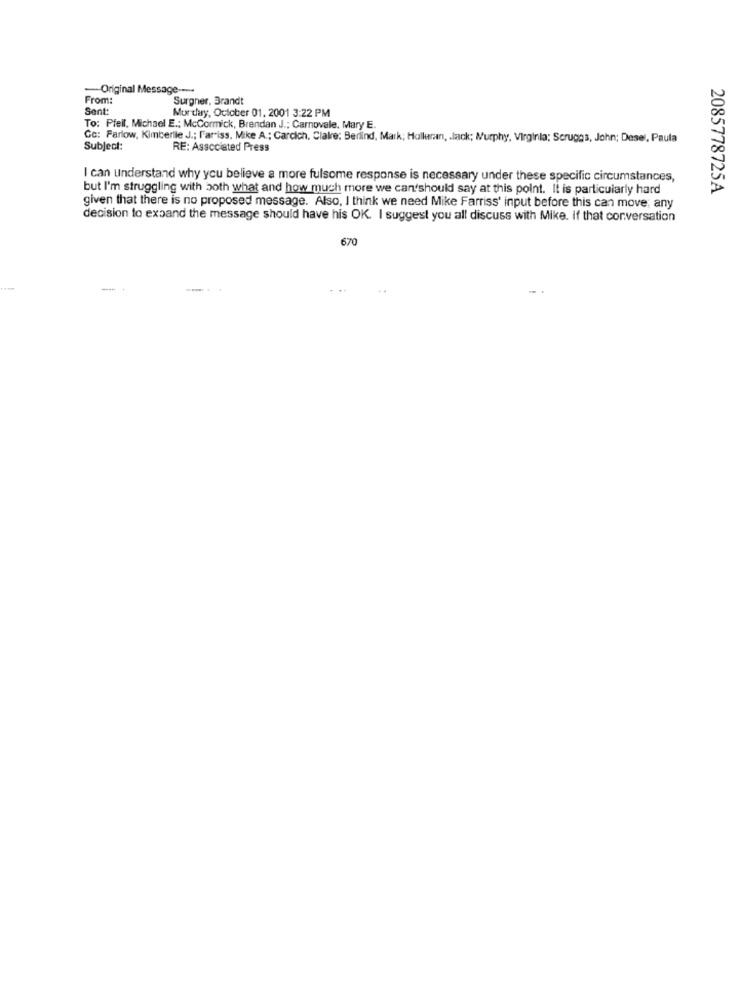
-Original Message --...
From:
Surgner, Brandt
Sent:
Mur day, October 01, 2001 3:22 PM
To: Pfeil, Michael E .; McCormick, Brendan J .; Carnovale, Mary E.
Go: Farlow, Kimberile J .; l'ar-iss, Mike A .; Carcich, Clalre: Berlind, Mark; Holleran, . lack; Murphy, Virginia; Scruggs, John; Desel, Paula
Subject:
RE: Associated Press
I can understand why you believe a more fulsome response is necessary under these specific circumstances,
but I'm struggling with both what and how much more we can'should say at this point. It is particularly hard
2085778725A
given that there is no proposed message. Also, I think we need Mike Farriss' input before this can move; any
decision to expand the message should have his OK. I suggest you all discuss with Mike. If that conversation
670
-